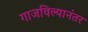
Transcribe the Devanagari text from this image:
गाजविल्यानंतर